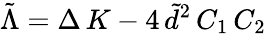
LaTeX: \tilde{\Lambda}=\Delta\, K-4\, \tilde{d}^{2}\, C_{1}\, C_{2}